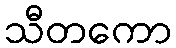
သီတကော